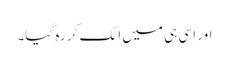
اور اسی ہی میں اٹک کر رہ گیا۔